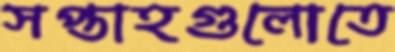
সপ্তাহগুলোতে